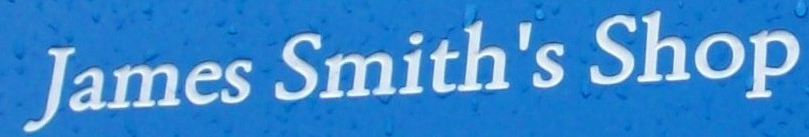
James Smith's Shop